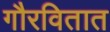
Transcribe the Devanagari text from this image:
गौरवितात